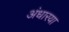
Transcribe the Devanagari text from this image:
अंधारया